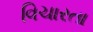
વિચારતા